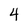
Character: 4